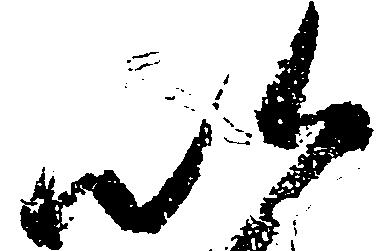
以